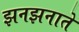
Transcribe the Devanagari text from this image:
झनझनाते